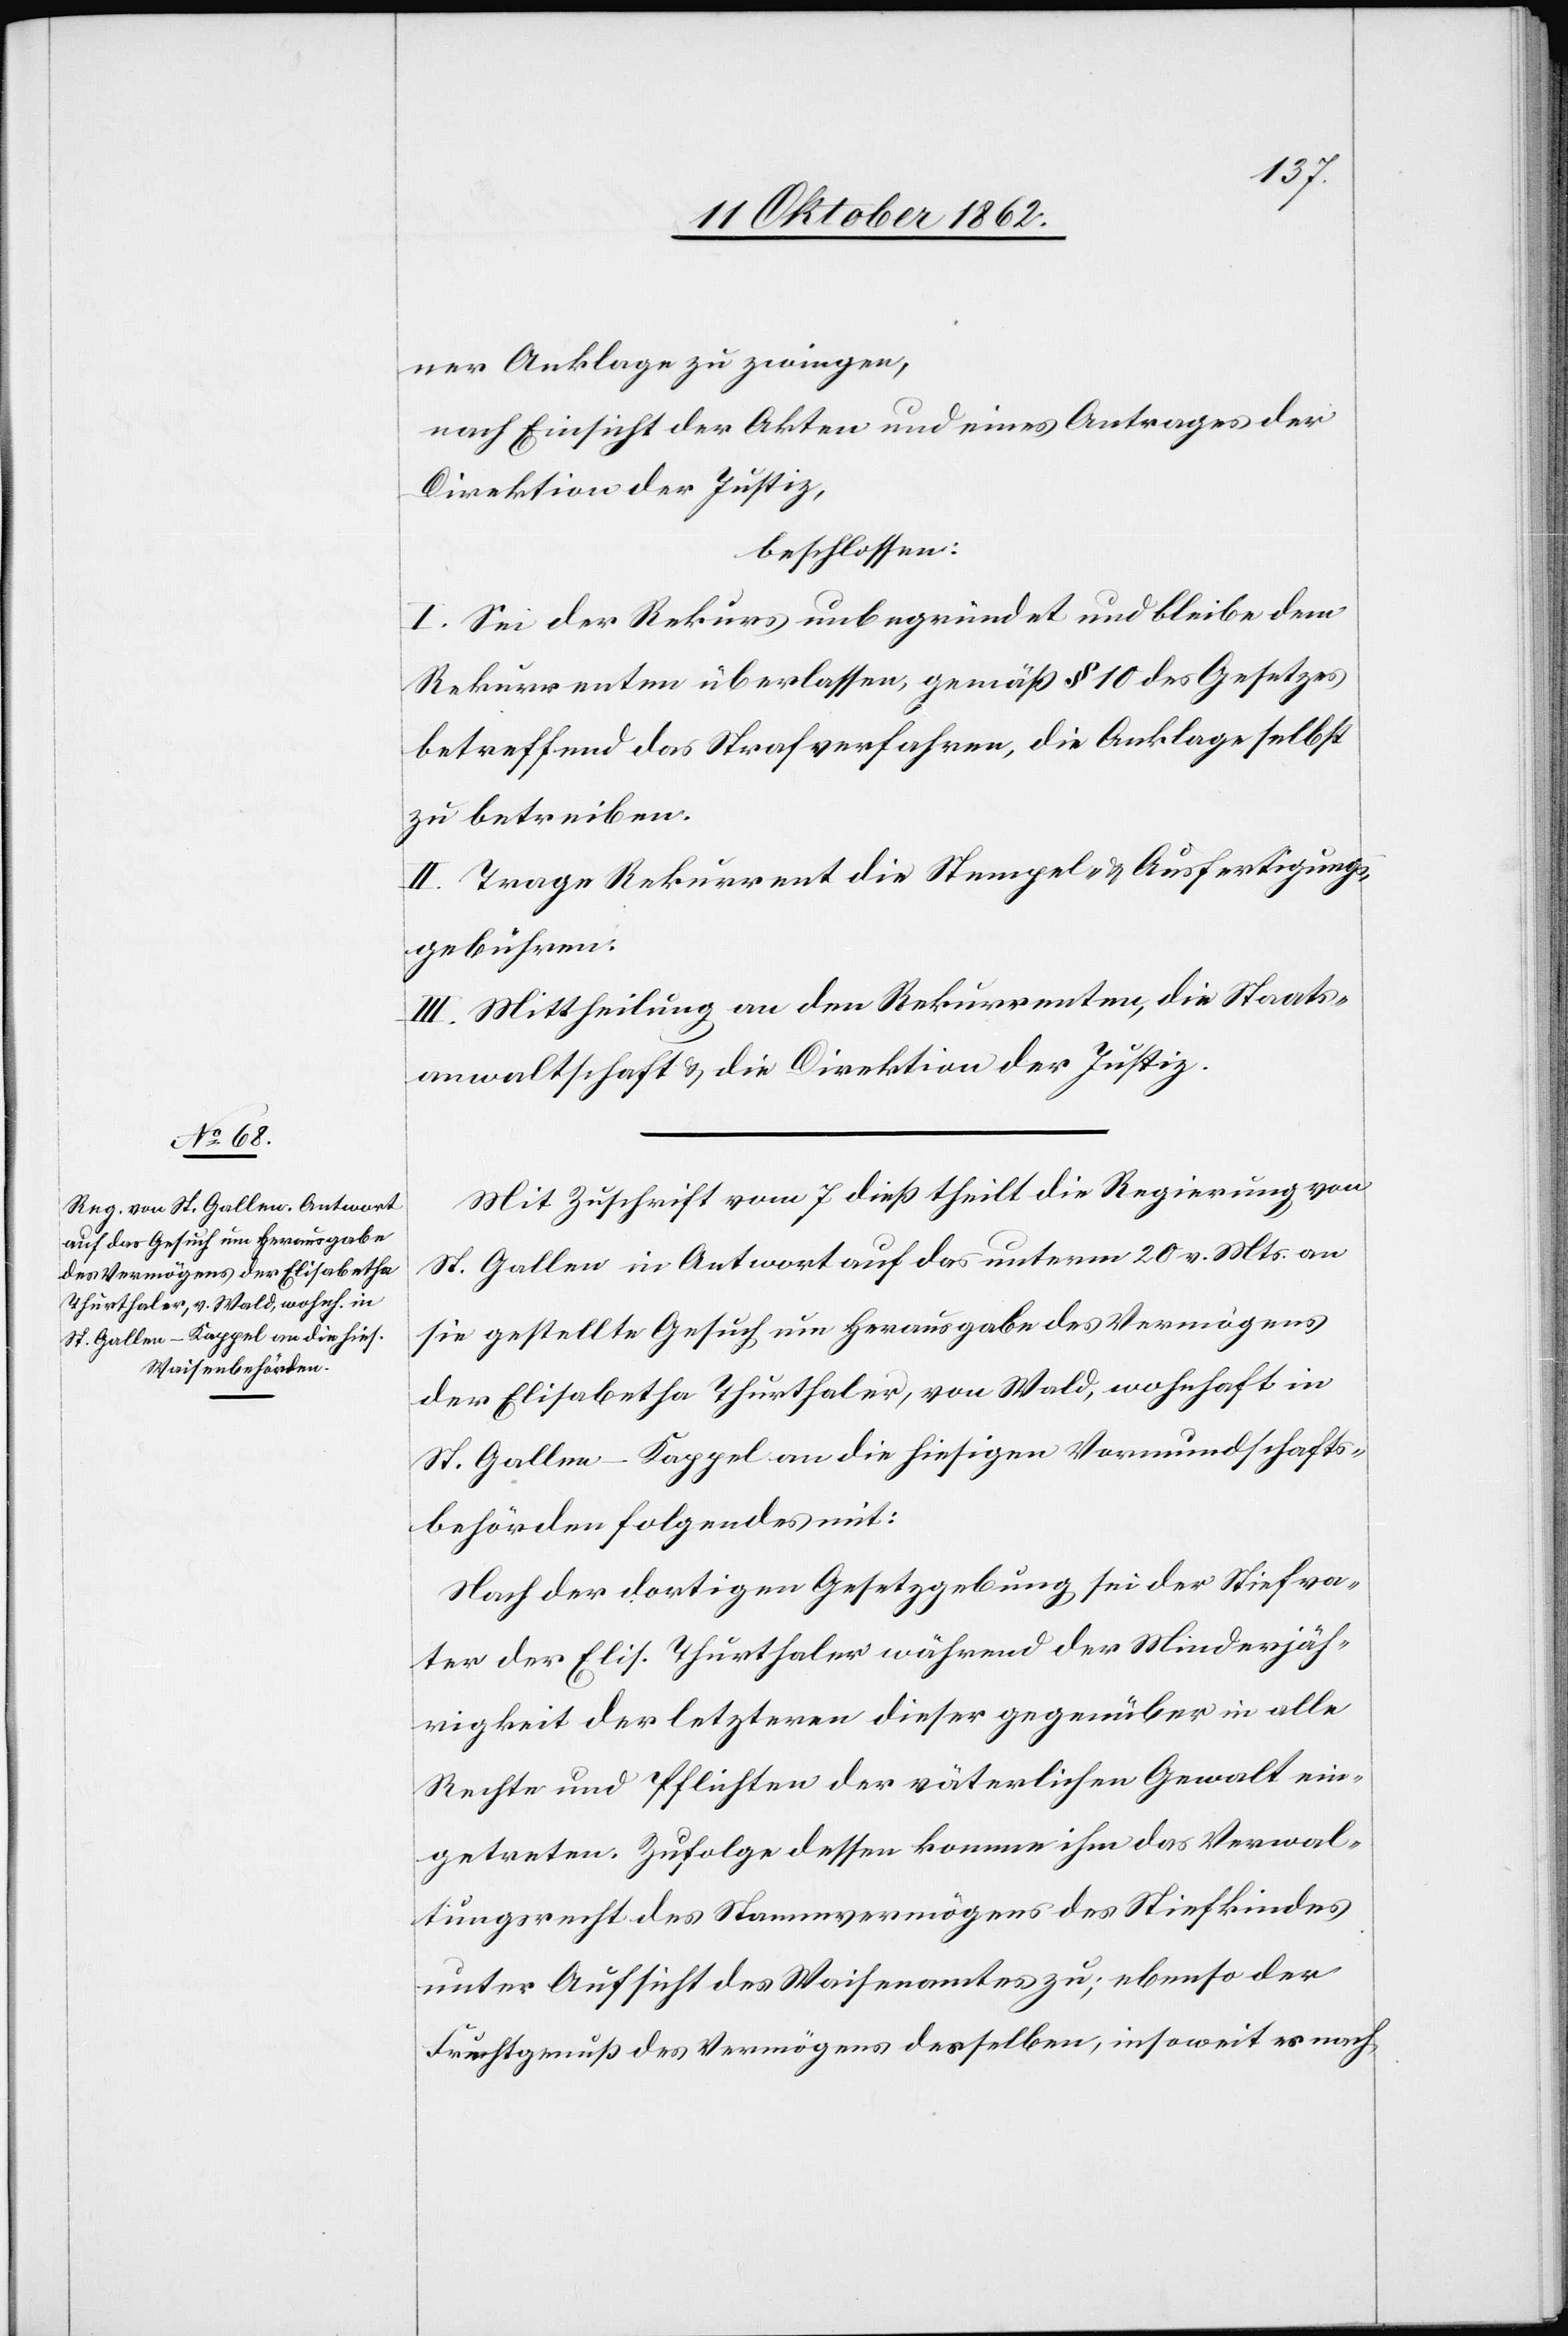
ner Anklage zu zwingen,
nach Einsicht der Akten und eines Antrages der
Direktion der Justiz,
beschlossen.
I. Sei der Rekurs unbegründet und bleibe dem
Rekurrenten überlassen, gemäß § 10 des Gesetzes
betreffend das Strafverfahren, die Anklage selbst
zu betreiben.
II. Trage Rekurrent die Stempel- u. Ausfertigungs¬
gebühren.
III. Mittheilung an den Rekurrenten, die Staats¬
anwaltschaft u. die Direktion der Justiz.
Mit Zuschrift vom 7. dieß theilt die Regierung von
St. Gallen in Antwort auf das unterm 20. v. Mts. an
sie gestellte Gesuch um Herausgabe des Vermögens
der Elisabetha Thurthaler, von Wald, wohnhaft in
St. Gallen-Kappel an die hiesigen Vormundschafts¬
behörden folgendes mit:
Nach der dortigen Gesetzgebung sei der Stiefva¬
ter der Elis. Thurthaler während der Minderjäh¬
rigkeit der letzteren dieser gegenüber in alle
Rechte und Pflichten der väterlichen Gewalt ein¬
getreten. Zufolge dessen komme ihm das Verwal¬
tungsrecht des Stammvermögens des Stiefkindes
unter Aufsicht des Waisenamtes zu, ebenso der
Fruchtgenuß des Vermögens desselben, insoweit es noch